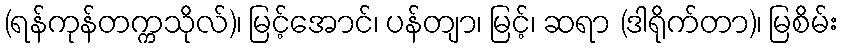
(ရန်ကုန်တက္ကသိုလ်)၊ မြင့်အောင်၊ ပန်တျာ၊ မြင့်၊ ဆရာ (ဒါရိုက်တာ)၊ မြစိမ်း